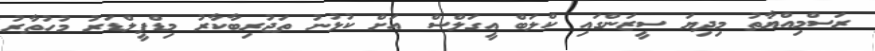
ރަސްމިއްޔާތު މިދިޔަ ސީޒަންގައި ކްލަބް އީގަލްސް އަށް ކުޅުނު ތަޖުރިބާކާރު މިޑްފީލްޑަރު މުހުތާރު